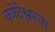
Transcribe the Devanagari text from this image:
कोटेश्वरचा